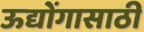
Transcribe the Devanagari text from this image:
ऊद्योंगासाठी